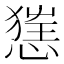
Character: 𢞪